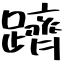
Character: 躋